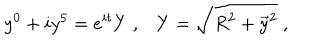
y ^ { 0 } + i y ^ { 5 } = e ^ { i t } Y \; , Y = \sqrt { R ^ { 2 } + \vec { y } { } ^ { 2 } } \; ,